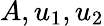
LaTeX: A,u_{1},u_{2}